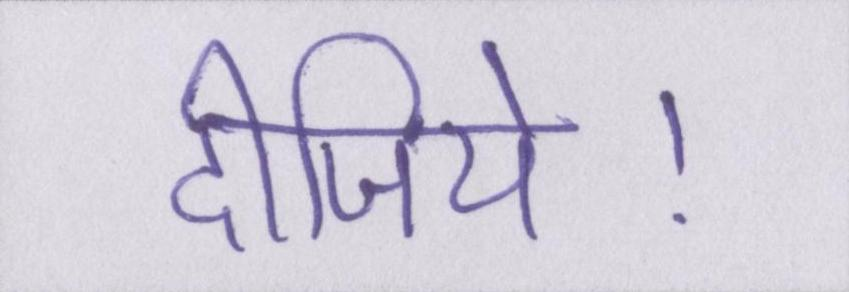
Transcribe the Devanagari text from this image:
दीजिये।